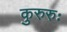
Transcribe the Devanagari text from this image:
कुरुरुः